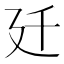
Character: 𢌙